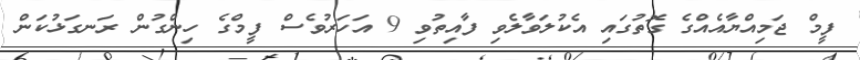
ފީމް ޖަމިއްޔާއެއްގެ ގޮތުގައި އެކުލަވާލެވި ފާއިތުވި 9 އަހަރުވެސް ފީމްގެ ހިންގުން ރަނގަޅުކަން